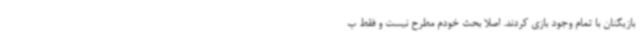
بازیکنان با تمام وجود بازی کردند. اصلا بحث خودم مطرح نیست و فقط ب